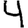
Digit: 4